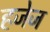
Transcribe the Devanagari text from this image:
हजेज